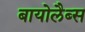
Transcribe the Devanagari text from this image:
बायोलैब्स